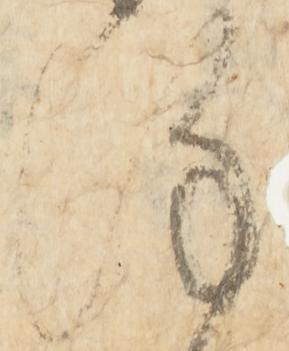
謹